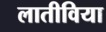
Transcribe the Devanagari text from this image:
लातीविया